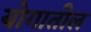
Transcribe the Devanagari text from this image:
योगातील